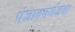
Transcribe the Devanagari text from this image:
पंजाबपर्यंतचा